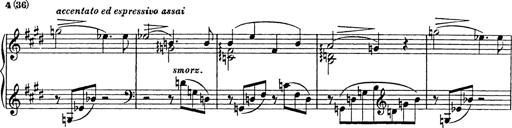
Title: Consolations
Composer: Franz Liszt